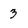
Character: 3